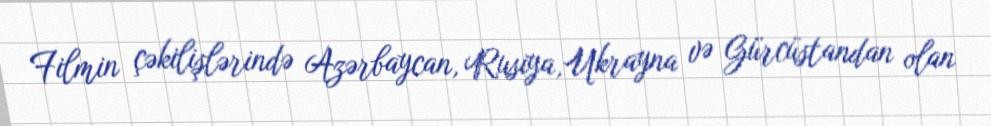
Filmin çəkilişlərində Azərbaycan, Rusiya,Ukrayna və Gürcüstandan olan